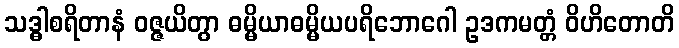
သဒ္ဓါစရိတာနံ ဝဇ္ဇယိတွာ ဓမ္မိယာဓမ္မိယပရိဘောဂေါ ဥဒကမတ္တံ ဝိဟိတောတိ